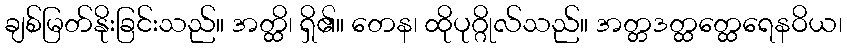
ချစ်မြတ်နိုးခြင်းသည်။ အတ္ထိ၊ ရှိ၏။ တေန၊ ထိုပုဂ္ဂိုလ်သည်။ အတ္တဒတ္ထတ္ထေရေနဝိယ၊